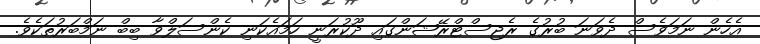
އެހެން ނަމަވެސް ދެވަނަ ބުރުގެ ރެޖިސްޓްރޭޝަންގައި ދޫކުރަނީ ހަމައެކަނި ކެންސަލްވާ ބިބް ނަމްބަރުތަކެވެ.